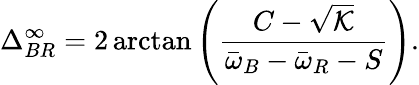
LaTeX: \Delta_{BR}^{\infty}=2\arctan\left(\frac{C-\sqrt{\mathcal{K}}}{\bar{\omega}_{B}-\bar{\omega}_{R}-S}\right).